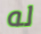
له